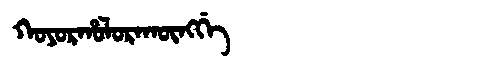
Manchu: ᡴᠣᠶᠣᡵᡥᠣᠯᠣᡵᠠᡴᡡᠩᡤᡝ
Romanization: KOYORHOLORAKŪNGGE